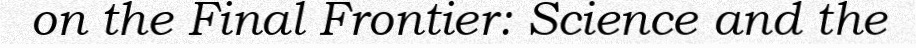
on the Final Frontier: Science and the